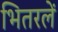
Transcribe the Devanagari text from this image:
भितरलें